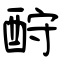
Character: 酧